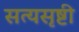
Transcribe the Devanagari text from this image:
सत्यसृष्टी